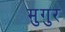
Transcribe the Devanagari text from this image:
मुगुर